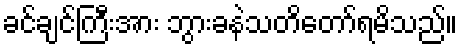
ခင်ချင်ကြီးအား ဘွားခနဲသတိတော်ရမိသည်။